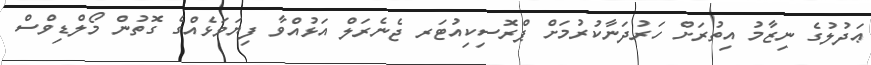
ޢަދުލުގެ ނިޒާމު އިތުރަށް ހަރުދަނާކުރުމަށް ޕްރޮސިކިއުޓަރ ޖެނެރަލް އަޅުއްވާ ފިޔަވަޅެއްގެ ގޮތުން މޯލްޑިވްސް